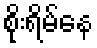
စိုးရိမ်နေ